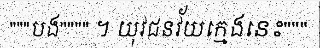
"""បង"""" ។ យុវជនវ័យក្មេងនេះ"""